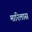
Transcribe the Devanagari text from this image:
मारिलास